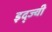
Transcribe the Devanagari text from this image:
इद्ज्वी